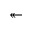
\twoheadleftarrow